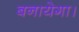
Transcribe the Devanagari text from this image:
बनायेगा।